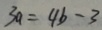
3 a = 4 b - 3